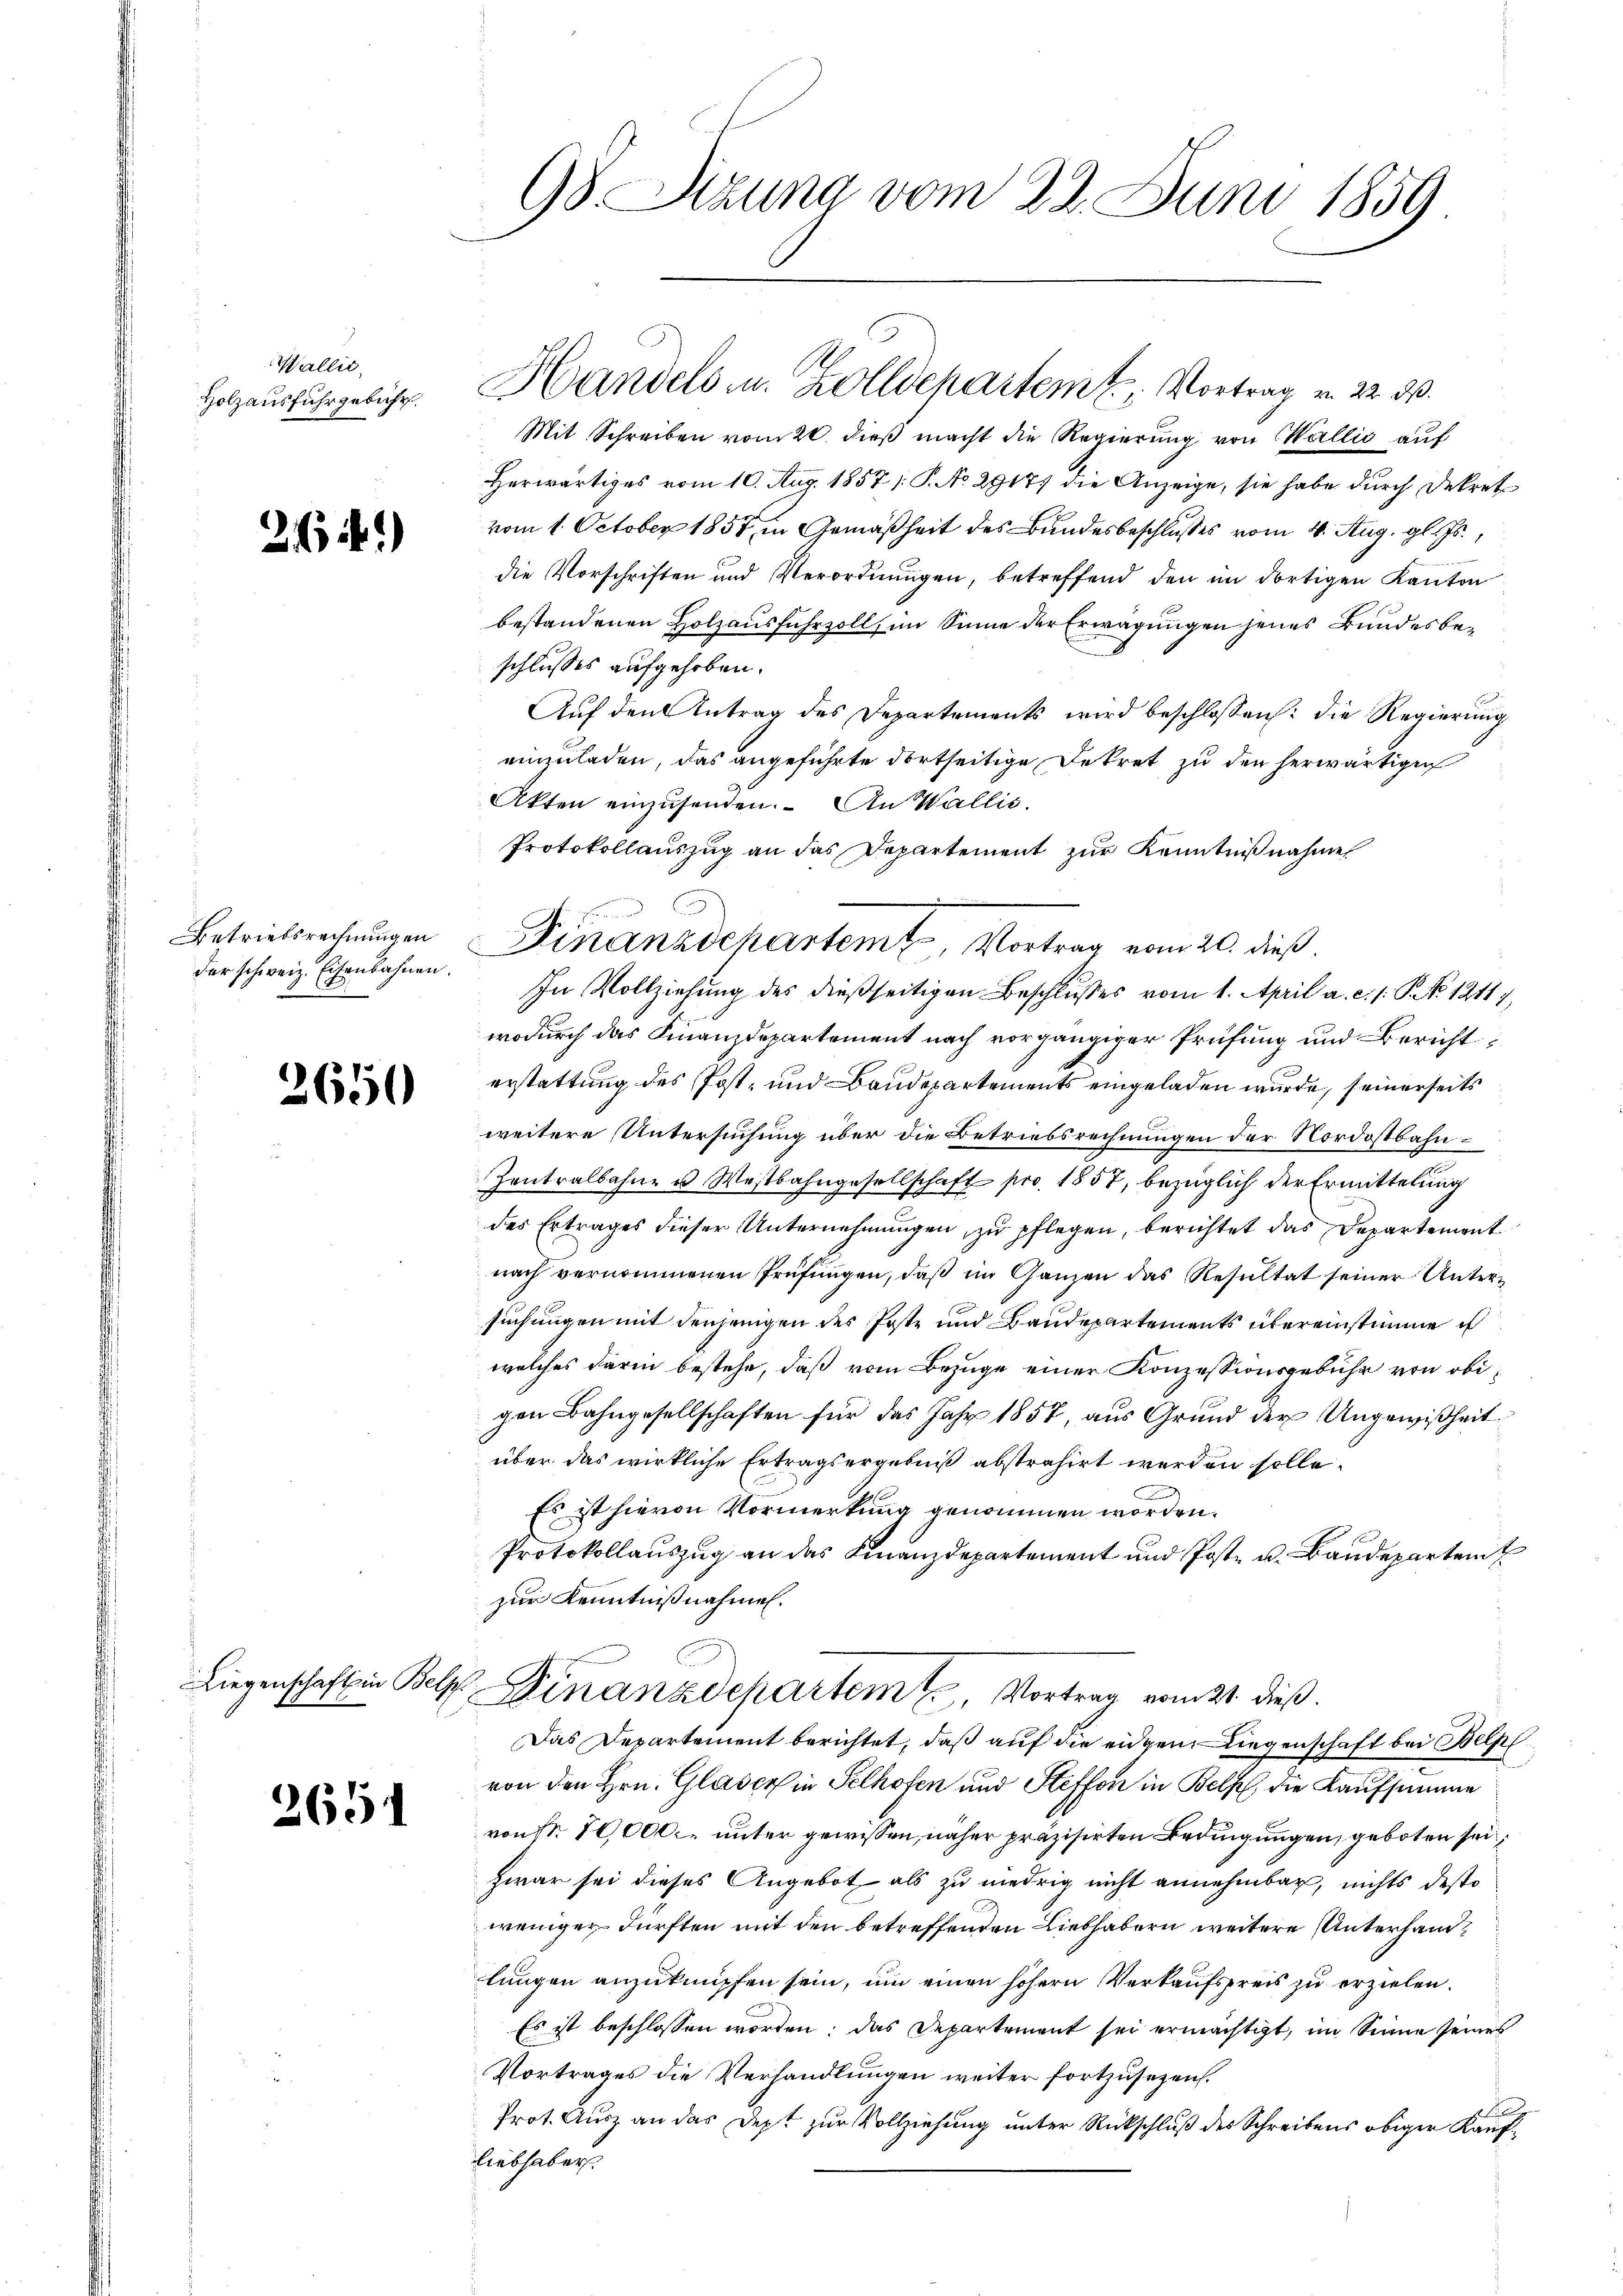
Wallić.
Holzausfuhr gebühr.

264)

Betriebsrechnungen
der schweiz. Eisenbahnen.

2650

2654

98. Sizung vom 22. Juni 1859

Mit Schreiben vom 20. dieß macht die Regierung von Wallis auf
Herwärtiges vom 10. Aug. 1857 /: P. No. 29177 die Anzeige, sie habe durch Dekret
vom 1. October 1857, in Gemäßheit des Bundesbeschlusses vom 4. Aug. gl. Js.,
die Vorschriften und Verordnungen, betreffend den im dortigen Kanton
bestandenen Holzausfuhrzoll, im Sinne der Erwägungen jenes Bundesbeschlusses aufgehoben.
Auf den Antrag des Departements wird beschlossen: die Regierung
einzuladen, das angeführte dortseitige Dekret zu den herwärtigen
Akten einzusenden. An Wallis,
Protokollauszug an das Departement zur Kenntnißnahme
In Vollziehung des dießseitigen Beschlußes vom 1. April a. c. 1. P. Nr. 12117,
wodurch das Finanzdepartement nach vorgängiger Prüfung und Berichterstattung des Post- und Baudepartements eingeladen wurde, seinerseits
weitere Untersuchung über die Betriebsrechnungen der Nordostbahn
Zentralbahne u Westbahngesellschaft pro. 1857, bezüglich der Ermittelung
des Ertrages dieser Unternehmungen zu pflegen, berichtet das Departement
nach vernommenen Prüfungen, daß im Ganzen das Resultat seiner Untersuchungen mit denjenigen des Poste und Baudepartements übereinstimme i
welches darin bestehe, daß vom Bezuge einer Konzessionsgebühr von obigen Bahngesellschaften für das Jahr 1857, aus Grund der Ungewißheit
über das wirkliche Ertragsergebniß abstrahirt werden solle.
Es ist hievon Vormerkung genommen worden.
Protokollauszug an das Finanzdepartement und Post- u. Baudepartem
zur Kenntnißnahmen.
Liegenschaft in Bele Finanzdepartem 1. Vortrag vom 21. dieß.
Das Departement berichtet, daß auf die eidgen. Liegenschaft bei Belpl
von den Hrn. Glaser in Selhofen und Steffen in Bels die Kaufsumme
von Nr. 10,000 unter gewissen, näher präzisirten Bedingungen, geboten seizwar sei dieses Angebot als zu niedrig nicht annehmbar, nichts desto
weniger dürften mit den betreffenden Liebhabern weitere Unterhandlungen anzuknüpfen sein, um einen höhern Verkaufspreis zu erzielen.
Es ist beschlossen worden: das Departement sei ermächtigt, im Sinne seines
Vortrages die Verhandlungen weiter fortzusezen.
Prot. Ausz an das Dept zur Vollziehung unter Rückschlŭβ des Schreibens obiger Kaufliebhaber

Handels u. Zolldepartem Vortrag v. 22. d.

Finanzdepartemt, Vortrag vom 20. dieß.